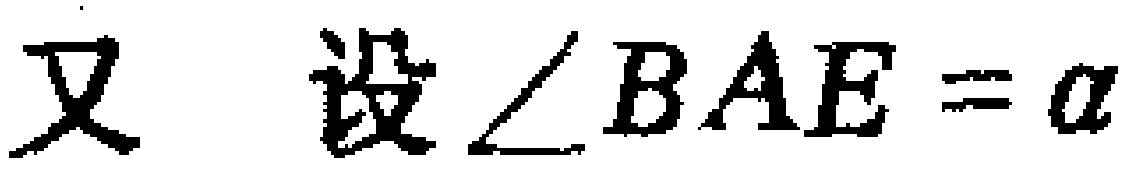
又 设$\angle BAE = \alpha$